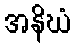
အနိဃံ